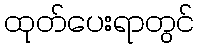
ထုတ်ပေးရာတွင်